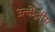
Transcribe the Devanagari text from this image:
उत्केंद्रीय